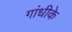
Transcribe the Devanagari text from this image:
गांधीके